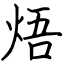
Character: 焐